Report on vaccination in Madras 1895-1903 - 1895-1903
Year: 1895
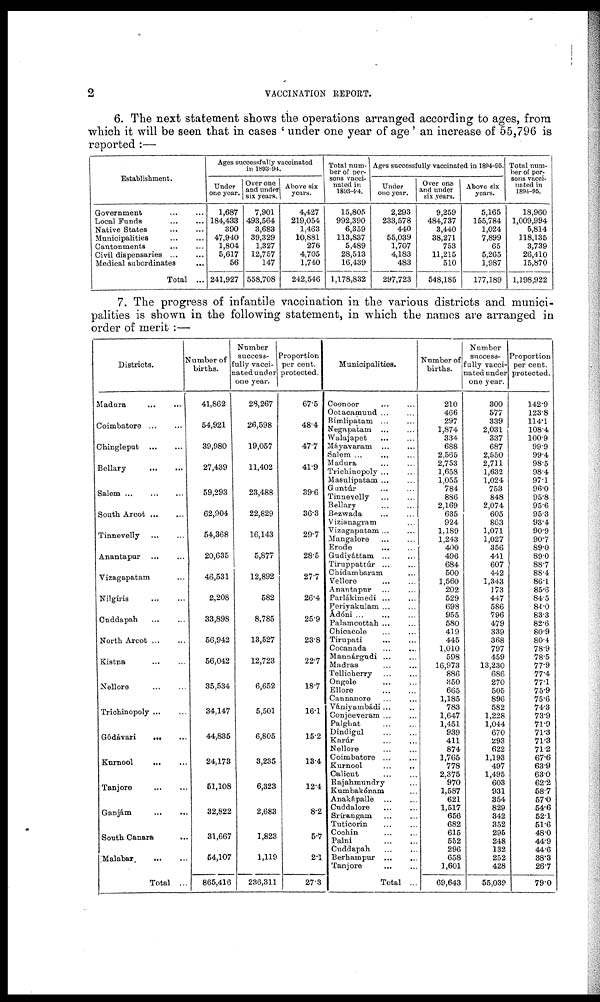
2
VACCINATION REPORT.
6. The next statement shows the operations arranged according to ages, from
which it will be seen that in cases 'under one year of age' an increase of 55,796 is
reported :—
Establishment.
Government ... ...
Local Funds ... ...
Native States
...
...
Municipalities ... ...
Cantonments ... ...
Civil dispensaries
...
...
Medical subordinates
...
Total ...
Ages successfully vaccinated
in 1893-94.
Under
one year.
1,687
184,433
390
47,940
1,804
5,617
56
241,927
Over one
and under
six years.
7,901
493,564
3,683
39,329
1,327
12,757
147
558,708
Above six
years.
4,427
219,054
1,463
10,881
276
4,705
1,740
242,546
Total num-
ber of per-
sons vacci-
nated in
1893-94.
15,805
992,390
6,359
113,837
5,489
28,513
16,439
1,178,832
Ages successfully vaccinated in 1894-95.
Under
one year.
2,293
233,578
440
55,039
1,707
4,183
483
297,723
Over one
and under
six years.
9,259
484,737
3,440
38,271
753
11,215
510
548,185
Above six
years.
5,165
155,784
1,024
7,899
65
5,265
1,987
177,189
Total num-
ber of per¬
sons vacci-
nated in
1894-95.
18,960
1,009,994
5,814
118,135
3,739
26,410
15,870
1,198,922
7. The progress of infantile vaccination in the various districts and munici-
palities is shown in the following statement, in which the names are arranged in
order of merit :—
Districts.
Madura
...
...
Coimbatore
...
...
Chingleput
...
...
Bellary
...
...
Salem
...
...
...
South Arcot
...
...
Tinnevelly
...
...
Anantapur
...
...
Vizagapatam ...
Nilgiris ... ...
Cuddapah ... ...
North Arcot
...
...
Kistna ... ...
Nellore
...
...
Trichinopoly... ...
Gódávari ... ...
Kurnool
...
...
Tanjore
...
...
Ganjám
...
...
South Canara ...
Malabar
...
...
Total ...
Number of
births.
41,862
54,921
39,980
27,439
59,293
62,904
54,368
20,635
46,531
2,208
33,898
56,942
56,042
35,534
34,147
44,835
24,178
51,108
32,822
31,667
54,107
865,416
Number
success¬
fully vacci¬
nated under
one year.
28,267
26,598
19,057
11,402
23,488
22,829
16,143
5,877
12,892
582
8,785
13,527
12,723
6,652
5,501
6,805
3,235
6,323
2,683
1,823
1,119
236,311
Proportion
per cent.
protected.
67.5
48.4
47.7
41.9
39.6
36.3
29.7
28.5
27.7
26.4
25.9
23.8
22.7
18.7
16.1
15.2
13.4
12.4
8.2
5.7
2.1
27.3
Municipalities.
Coonoor ... ...
Ootacamund ... ...
Bimlipatam ... ...
Negapatam ... ...
Walajapet
... ...
Máyavaram ... ...
Salem ... ...
Madura ... ...
Trichinopoly ...
Masulipatam ... ...
Guntúr ... ...
Tinnevelly ... ...
Bellary ... ...
Bezwada ... ...
Vizianagram ...
Vizagapatam... ...
Mangalore ... ...
Erode
...
...
Gudiyáttam
...
...
Tiruppattúr ... ...
Chidambaram ...
Vellore ... ...
Anantapur ... ...
Parlákimedi ...
Periyakulam ...
Ádóni ... ... ...
Palamcottah ... ...
Chicacole ... ...
Tirupati ... ...
Cocanada ... ...
Mannárgudi ... ...
Madras ... ...
Tellicherry ... ...
Ongole
... ...
Ellore
...
...
Cannanore ... ...
Vániyambádi... ...
Conjeeveram ... ...
Palghat ... ...
Dindigul ... ...
Karúr ... ...
Nellore ... ...
Coimbatore ... ...
Kurnool ... ...
Calicut ... ...
Rajahmundry ...
Kumbakónam ...
Anakápalle ... ...
Cuddalore
...
...
Srírangam
...
...
Tuticorin ... ...
Cochin ... ...
Palni
...
...
Cuddapah
...
...
Berhampur ... ...
Tanjore
...
...
Total ...
Number of
births.
210
466
297
1,874
334
688
2,565
2,753
1,658
1,055
784
886
2,169
635
924
1,189
1,243
400
496
684
500
1,560
202
529
698
955
580
419
445
1,010
598
16,973
886
350
665
1,185
783
1,647
1,451
939
411
874
1,765
778
2,375
970
1,587
621
1,517
656
682
615
552
296
658
1,601
69,643
Number
success-
fully vacci¬
nated under
one year.
300
577
339
2,031
337
687
2,550
2,711
1,632
1,024
753
848
2,074
605
863
1,071
1,027
356
441
607
442
1,343
373
447
586
796
479
339
368
797
459
13,230
686
270
505
896
582
1,228
1,044
670
293
622
1,193
497
1,495
603
931
354
829
342
352
295
248
132
252
428
55,039
Proportion
per cent.
protected.
142.9
123.8
114.1
108.4
100.9
99.9
99.4
98.5
98.4
97.1
96.0
95.8
95.6
95.3
93.4
90.9
90.7
89.0
89.0
88.7
88.4
86.1
85.6
84.5
84 0
83.3
82.6
80.9
80.4
78.9
78.5
77.9
77.4
77.1
75.9
75.6
74.3
73.9
71.9
71.3
71.3
71.2
67.6
63.9
63.0
62.2
58.7
57.0
54.6
52.1
51.6
48.0
44.9
44.6
38.3
26.7
79.0